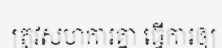
ត្រូវសហការគ្នា ធ្វើការឲ្យ